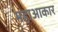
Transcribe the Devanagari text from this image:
महाआकार